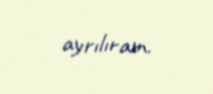
ayrılıram.